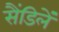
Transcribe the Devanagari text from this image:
सैंडिलें